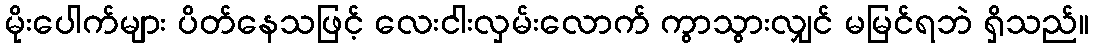
မိုးပေါက်များ ပိတ်နေသဖြင့် လေးငါးလှမ်းလောက် ကွာသွားလျှင် မမြင်ရဘဲ ရှိသည်။